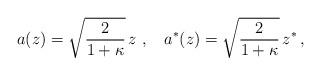
LaTeX: \begin{align*}a(z)=\sqrt{\frac{2}{1+\kappa}}\,z \,\, , \,\,\;\;a^*(z)=\sqrt{\frac{2}{1+\kappa}}\,z^*\,,\end{align*}